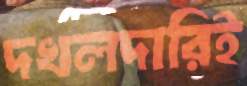
দখলদারিই